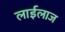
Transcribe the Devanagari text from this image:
लाईलाज